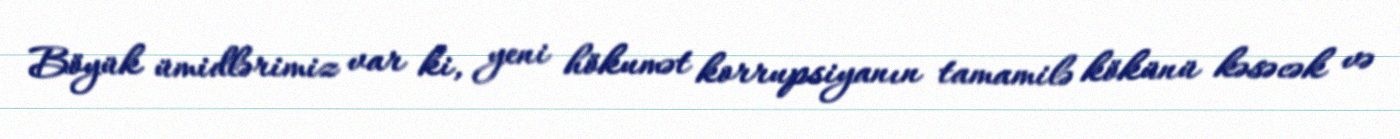
Böyük ümidlərimiz var ki, yeni hökumət korrupsiyanın tamamilə kökünü kəsəcək və